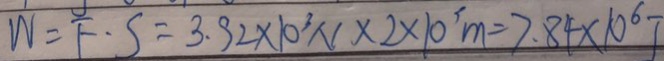
W = F \cdot S = 3 . 9 2 \times 1 0 ^ { 3 } N \times 2 \times 1 0 ^ { 3 } m = 7 . 8 4 \times 1 0 ^ { 6 } J